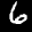
Label: 6